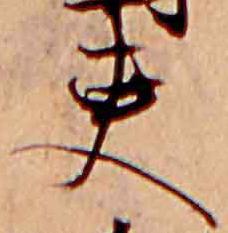
吏